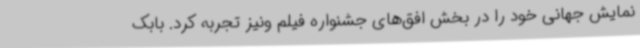
نمایش جهانی خود را در بخش افق‌های جشنواره فیلم ونیز تجربه کرد. بابک